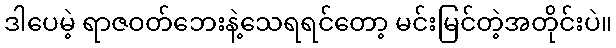
ဒါပေမဲ့ ရာဇဝတ်ဘေးနဲ့သေရရင်တော့ မင်းမြင်တဲ့အတိုင်းပဲ။